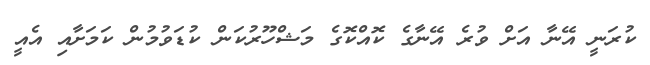
ކުރަނީ އޭނާ އަށް ވުރެ އޭނާގެ ކޮއްކޮގެ މަޝްހޫރުކަން ކުޑަވުމުން ކަމަށާއި އެއީ